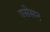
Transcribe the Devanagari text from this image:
एसेसन